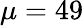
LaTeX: \mu=49